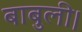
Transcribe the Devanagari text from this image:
बाबुली।